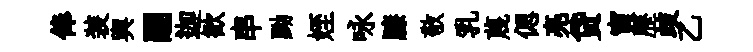
俸装輿翮迦歓串黝姪咏膝敬乳蔑偲亮贷寅歷歧乙